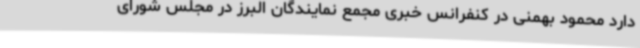
دارد محمود بهمنی در کنفرانس خبری مجمع نمایندگان البرز در مجلس شورای